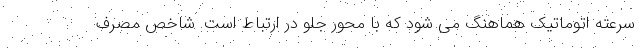
سرعته اتوماتیک هماهنگ می شود که با محور جلو در ارتباط است. شاخص مصرف